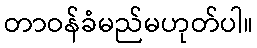
တာဝန်ခံမည်မဟုတ်ပါ။